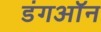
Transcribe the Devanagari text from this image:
डंगऑन